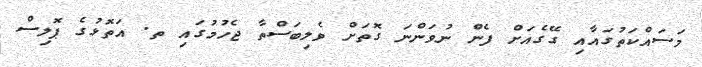
މަސައްކަތުގައާއި ގޭގެއަށް ފެން ނުވަންނަ ގޮތަށް ވެލިބަސްތާ ޖެހުމުގައި ތ. އަތޮޅުގެ ޕޮލިސް